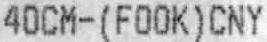
40CM-(FOOK)CNY